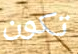
تكون